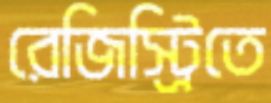
রেজিস্ট্রিতে